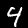
Digit: 4